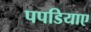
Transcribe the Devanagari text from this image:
पपडियाए